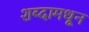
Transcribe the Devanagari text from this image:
शब्दामधून